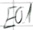
Text: E0.1